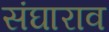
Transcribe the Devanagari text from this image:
संघाराव